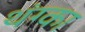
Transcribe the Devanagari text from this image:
थंग्का